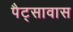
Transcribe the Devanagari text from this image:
पैट्सावास